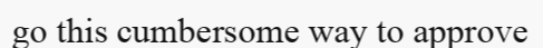
go this cumbersome way to approve